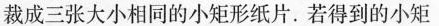
裁成三张大小相同的小矩形纸片。若得到的小矩